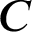
C